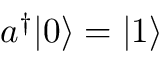
a ^ { \dagger } | 0 \rangle = | 1 \rangle